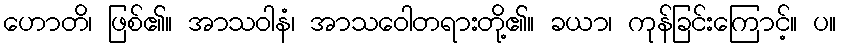
ဟောတိ၊ ဖြစ်၏။ အာသဝါနံ၊ အာသဝေါတရားတို့၏။ ခယာ၊ ကုန်ခြင်းကြောင့်။ ပ။